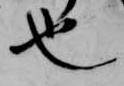
也